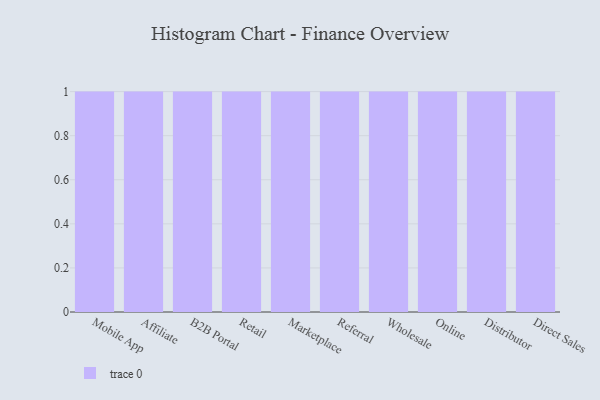
{"axis": {"x": "Channel", "y": "Shipments"}, "legend": [""], "data": [{"x": "Mobile App", "y": 42, "type": ""}, {"x": "Affiliate", "y": 53, "type": ""}, {"x": "B2B Portal", "y": 41, "type": ""}, {"x": "Retail", "y": 17, "type": ""}, {"x": "Marketplace", "y": 74, "type": ""}, {"x": "Referral", "y": 93, "type": ""}, {"x": "Wholesale", "y": 40, "type": ""}, {"x": "Online", "y": 87, "type": ""}, {"x": "Distributor", "y": 12, "type": ""}, {"x": "Direct Sales", "y": 50, "type": ""}]}